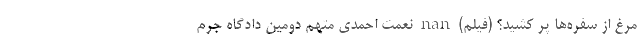
مرغ از سفره‌ها پر کشید؟ (فیلم) nan نعمت احمدی متهم دومین دادگاه جرم